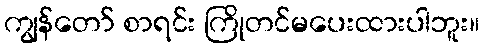
ကျွန်တော် စာရင်း ကြိုတင်မပေးထားပါဘူး။